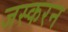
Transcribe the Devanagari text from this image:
जस्करन